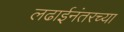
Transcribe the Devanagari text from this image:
लढाईनंतरच्या